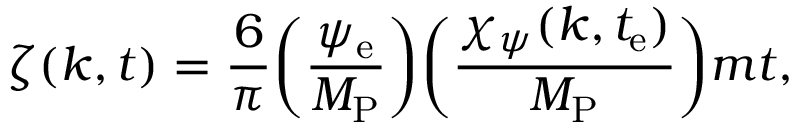
\zeta ( k , t ) = \frac { 6 } { \pi } \biggl ( \frac { \psi _ { \mathrm { e } } } { M _ { \mathrm { P } } } \biggr ) \biggl ( \frac { \chi _ { \psi } ( k , t _ { \mathrm { e } } ) } { M _ { \mathrm { P } } } \biggr ) m t ,